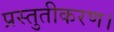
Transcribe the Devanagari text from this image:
प्रस्तुतीकरण।